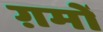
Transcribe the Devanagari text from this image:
ग़मों